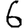
Digit: 6